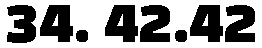
34. 42.42